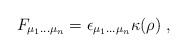
\begin{align*} F_{\mu_1\dots\mu_n} = \epsilon_{\mu_1\dots\mu_n} \kappa(\rho)~,\end{align*}